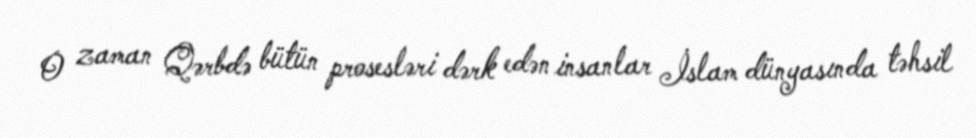
O zaman Qərbdə bütün prosesləri dərk edən insanlar İslam dünyasında təhsil